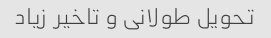
تحویل طولانی و تاخیر زیاد